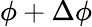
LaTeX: \phi+\Delta\phi